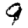
Digit: 9